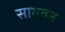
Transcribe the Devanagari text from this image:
सागवन